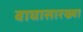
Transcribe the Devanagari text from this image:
वाघासारख्या